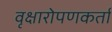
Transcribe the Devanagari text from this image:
वृक्षारोपणकर्ता